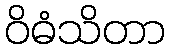
ဝိဓံသိတာ